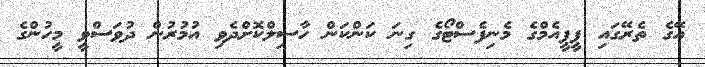
އޭގެ ތެރޭގައި ޕީޕީއެމްގެ މެނިފެސްޓޯގެ ގިނަ ކަންކަން ހާސިލްކޮށްދެވި އުމުރުން ދުވަސްވީ މީހުންގެ